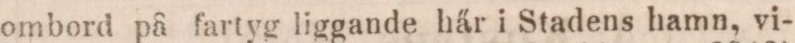
ombord på fartyg liggande här i Stadens hamn, vi-